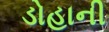
ડોહાની